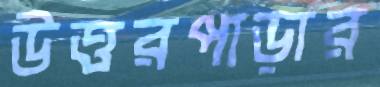
উত্তরপাড়ার